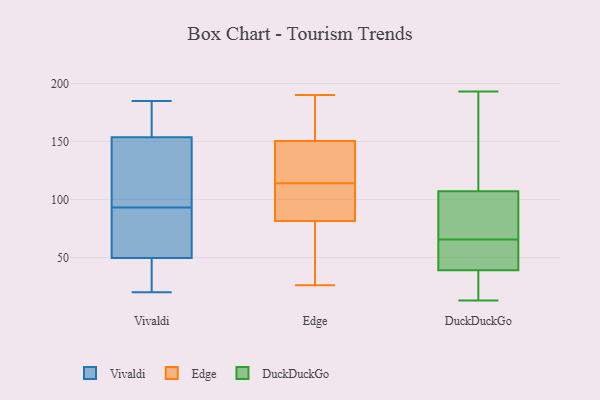
{"axis": {"x": "Budget (USD K)", "y": "Value"}, "legend": ["DuckDuckGo", "Edge", "Vivaldi"], "data": [{"x": "", "y": 117, "type": "Vivaldi"}, {"x": "", "y": 62, "type": "Vivaldi"}, {"x": "", "y": 20, "type": "Vivaldi"}, {"x": "", "y": 79, "type": "Vivaldi"}, {"x": "", "y": 45, "type": "Vivaldi"}, {"x": "", "y": 170, "type": "Vivaldi"}, {"x": "", "y": 185, "type": "Vivaldi"}, {"x": "", "y": 37, "type": "Vivaldi"}, {"x": "", "y": 121, "type": "Vivaldi"}, {"x": "", "y": 51, "type": "Vivaldi"}, {"x": "", "y": 152, "type": "Vivaldi"}, {"x": "", "y": 175, "type": "Vivaldi"}, {"x": "", "y": 143, "type": "Vivaldi"}, {"x": "", "y": 93, "type": "Vivaldi"}, {"x": "", "y": 90, "type": "Vivaldi"}, {"x": "", "y": 39, "type": "Vivaldi"}, {"x": "", "y": 159, "type": "Vivaldi"}, {"x": "", "y": 149, "type": "Edge"}, {"x": "", "y": 64, "type": "Edge"}, {"x": "", "y": 129, "type": "Edge"}, {"x": "", "y": 171, "type": "Edge"}, {"x": "", "y": 123, "type": "Edge"}, {"x": "", "y": 105, "type": "Edge"}, {"x": "", "y": 62, "type": "Edge"}, {"x": "", "y": 190, "type": "Edge"}, {"x": "", "y": 100, "type": "Edge"}, {"x": "", "y": 99, "type": "Edge"}, {"x": "", "y": 26, "type": "Edge"}, {"x": "", "y": 152, "type": "Edge"}, {"x": "", "y": 88, "type": "DuckDuckGo"}, {"x": "", "y": 47, "type": "DuckDuckGo"}, {"x": "", "y": 140, "type": "DuckDuckGo"}, {"x": "", "y": 35, "type": "DuckDuckGo"}, {"x": "", "y": 126, "type": "DuckDuckGo"}, {"x": "", "y": 58, "type": "DuckDuckGo"}, {"x": "", "y": 80, "type": "DuckDuckGo"}, {"x": "", "y": 73, "type": "DuckDuckGo"}, {"x": "", "y": 193, "type": "DuckDuckGo"}, {"x": "", "y": 24, "type": "DuckDuckGo"}, {"x": "", "y": 13, "type": "DuckDuckGo"}, {"x": "", "y": 43, "type": "DuckDuckGo"}]}